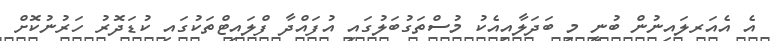
އެ އެއަރލައިނުން ބުނީ މި ބަދަލާއިއެކު މުސްތަގުބަލުގައި އުފައްދާ ފްލައިޓްތަކުގައި ކުޑަދޮރު ހަރުނުކޮށް